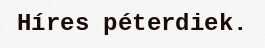
Híres péterdiek.